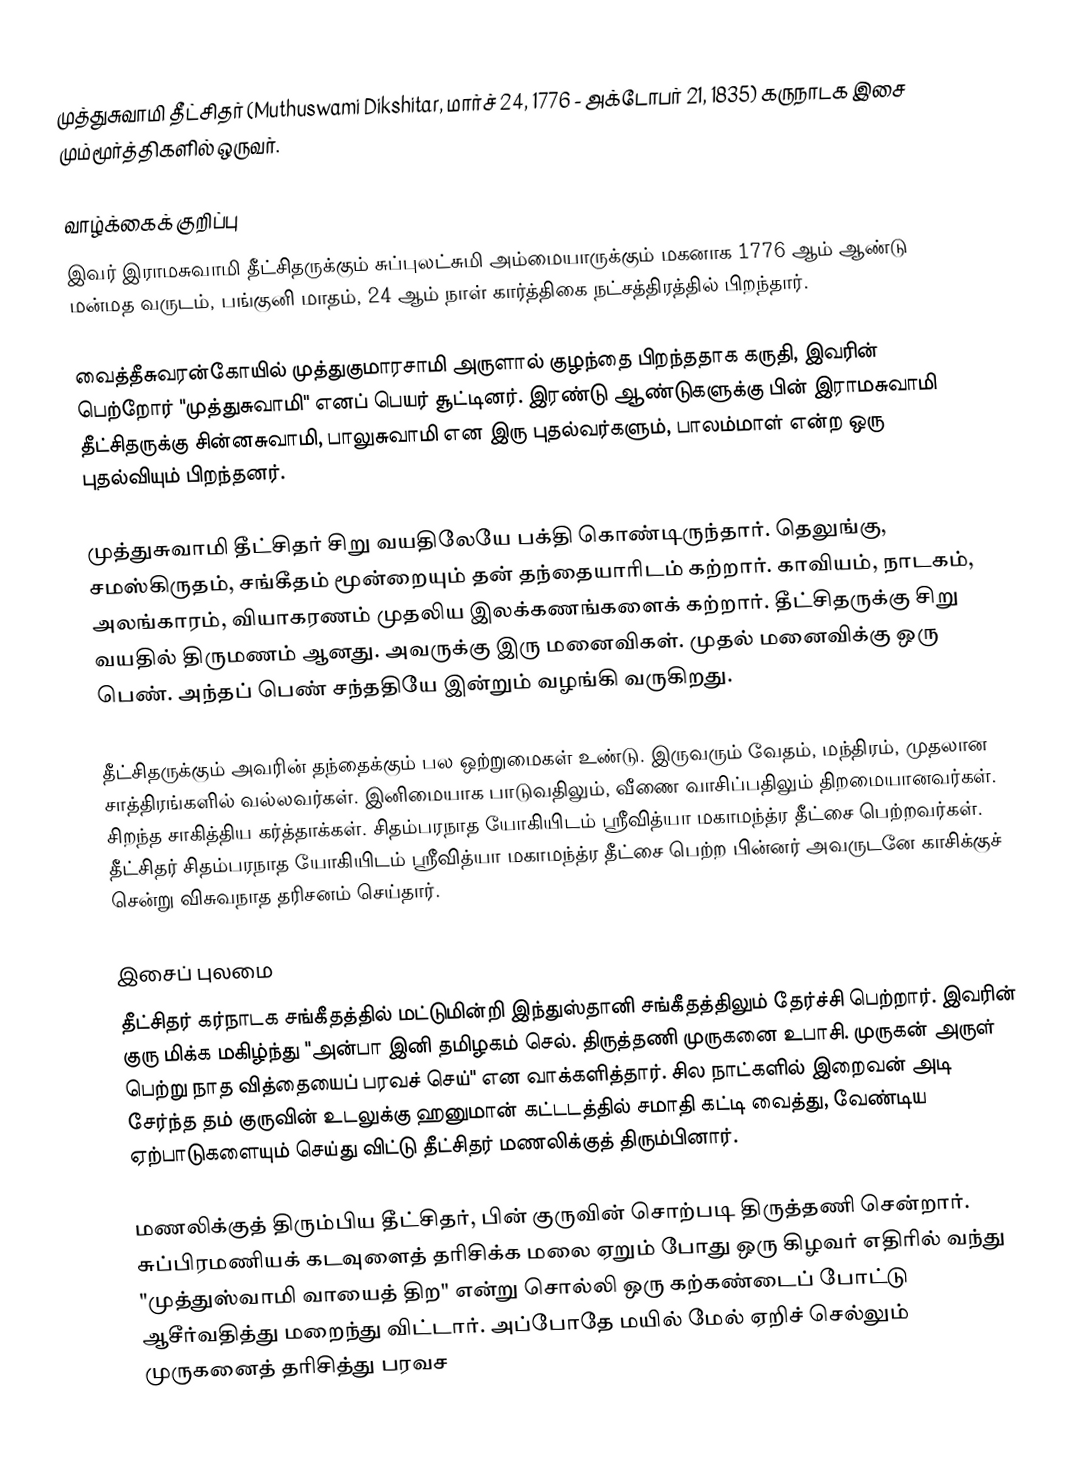
முத்துசுவாமி தீட்சிதர் (Muthuswami Dikshitar, மார்ச் 24, 1776 - அக்டோபர் 21, 1835) கருநாடக இசை மும்மூர்த்திகளில் ஒருவர்.

வாழ்க்கைக் குறிப்பு
இவர் இராமசுவாமி தீட்சிதருக்கும் சுப்புலட்சுமி அம்மையாருக்கும் மகனாக 1776 ஆம் ஆண்டு மன்மத வருடம், பங்குனி மாதம், 24 ஆம் நாள் கார்த்திகை நட்சத்திரத்தில் பிறந்தார்.

வைத்தீசுவரன்கோயில் முத்துகுமாரசாமி அருளால் குழந்தை பிறந்ததாக கருதி, இவரின் பெற்றோர் "முத்துசுவாமி" எனப் பெயர் சூட்டினர். இரண்டு ஆண்டுகளுக்கு பின் இராமசுவாமி தீட்சிதருக்கு சின்னசுவாமி, பாலுசுவாமி என இரு புதல்வர்களும், பாலம்மாள் என்ற ஒரு புதல்வியும் பிறந்தனர்.

முத்துசுவாமி தீட்சிதர் சிறு வயதிலேயே பக்தி கொண்டிருந்தார். தெலுங்கு, சமஸ்கிருதம், சங்கீதம் மூன்றையும் தன் தந்தையாரிடம் கற்றார். காவியம், நாடகம், அலங்காரம், வியாகரணம் முதலிய இலக்கணங்களைக் கற்றார். தீட்சிதருக்கு சிறு வயதில் திருமணம் ஆனது. அவருக்கு இரு மனைவிகள். முதல் மனைவிக்கு ஒரு பெண். அந்தப் பெண் சந்ததியே இன்றும் வழங்கி வருகிறது.

தீட்சிதருக்கும் அவரின் தந்தைக்கும் பல ஒற்றுமைகள் உண்டு. இருவரும் வேதம், மந்திரம், முதலான சாத்திரங்களில் வல்லவர்கள். இனிமையாக பாடுவதிலும், வீணை வாசிப்பதிலும் திறமையானவர்கள். சிறந்த சாகித்திய கர்த்தாக்கள். சிதம்பரநாத யோகியிடம் ஸ்ரீவித்யா மகாமந்த்ர தீட்சை பெற்றவர்கள். தீட்சிதர் சிதம்பரநாத யோகியிடம் ஸ்ரீவித்யா மகாமந்த்ர தீட்சை பெற்ற பின்னர் அவருடனே காசிக்குச் சென்று விசுவநாத தரிசனம் செய்தார்.

இசைப் புலமை
தீட்சிதர் கர்நாடக சங்கீதத்தில் மட்டுமின்றி இந்துஸ்தானி சங்கீதத்திலும் தேர்ச்சி பெற்றார். இவரின் குரு மிக்க மகிழ்ந்து "அன்பா இனி தமிழகம் செல். திருத்தணி முருகனை உபாசி. முருகன் அருள் பெற்று நாத வித்தையைப் பரவச் செய்" என வாக்களித்தார். சில நாட்களில் இறைவன் அடி சேர்ந்த தம் குருவின் உடலுக்கு ஹனுமான் கட்டடத்தில் சமாதி கட்டி வைத்து, வேண்டிய ஏற்பாடுகளையும் செய்து விட்டு தீட்சிதர் மணலிக்குத் திரும்பினார்.

மணலிக்குத் திரும்பிய தீட்சிதர், பின் குருவின் சொற்படி திருத்தணி சென்றார். சுப்பிரமணியக் கடவுளைத் தரிசிக்க மலை ஏறும் போது ஒரு கிழவர் எதிரில் வந்து "முத்துஸ்வாமி வாயைத் திற" என்று சொல்லி ஒரு கற்கண்டைப் போட்டு ஆசீர்வதித்து மறைந்து விட்டார். அப்போதே மயில் மேல் ஏறிச் செல்லும் முருகனைத் தரிசித்து பரவச